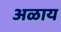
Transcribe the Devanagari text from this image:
अळाय